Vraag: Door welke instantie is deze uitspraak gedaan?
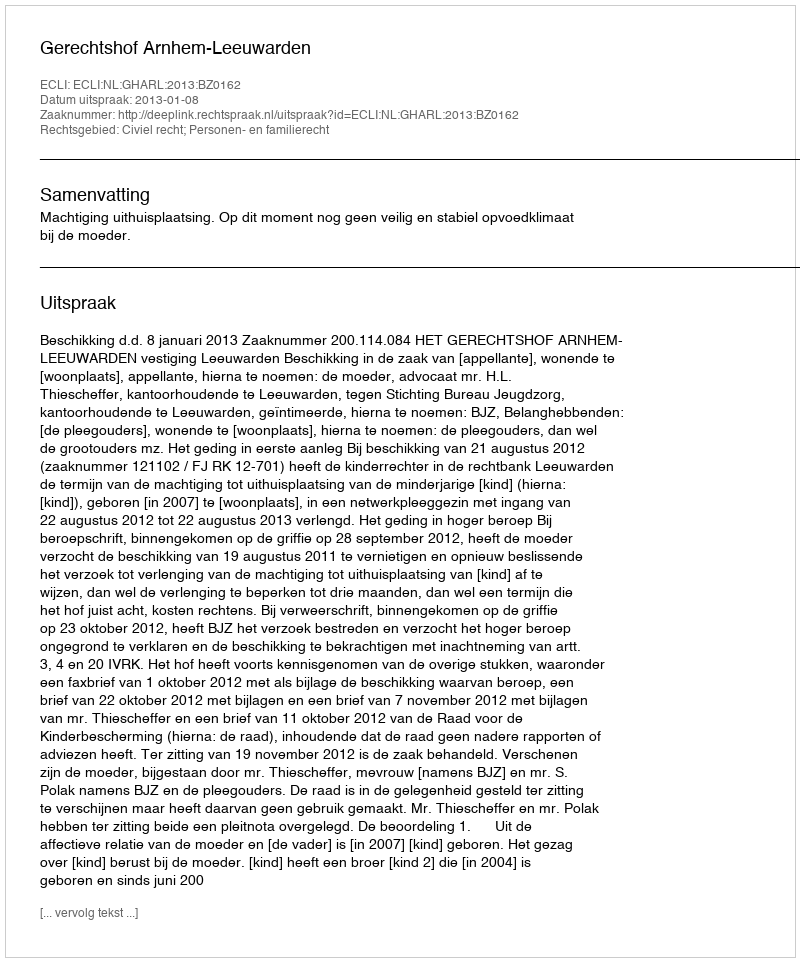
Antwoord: Gerechtshof Arnhem-Leeuwarden